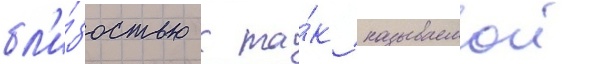
бл'и́зостью к та́к называемои